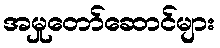
အမှုတော်ဆောင်များ